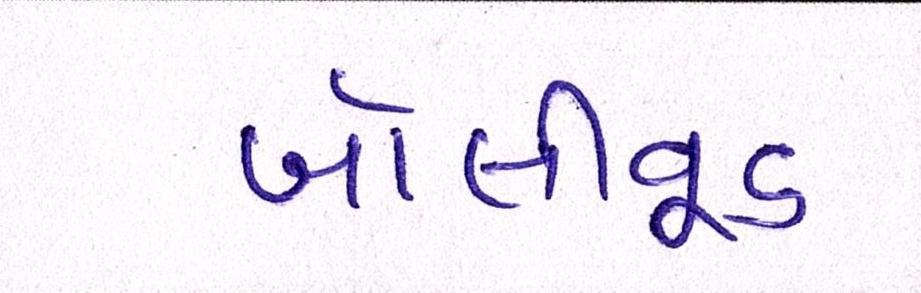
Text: બૉલીવૂડ